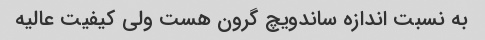
به نسبت اندازه ساندویچ گرون هست ولی کیفیت عالیه